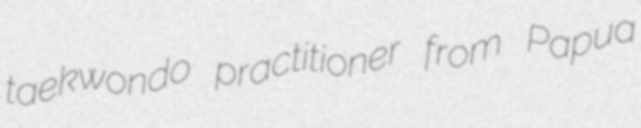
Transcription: taekwondo practitioner from Papua